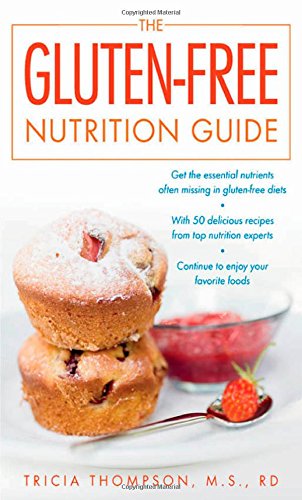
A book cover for The Gluten-Free Nutrition Guide; Tricia Thompson; Health, Fitness & Dieting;